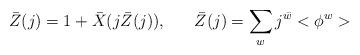
LaTeX: \begin{align*}\bar{Z}(j) = 1 + \bar{X}(j\bar{Z}(j)), \;\;\;\;\;\; \bar{Z}(j) = \sum_{w}j^{\bar{w}}<\phi^{w}> \end{align*}